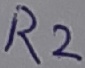
Text: R2